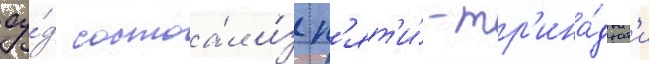
су́д состоа́л и́з п'ят'и́-тр'ина́дцат'и